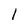
Character: l